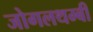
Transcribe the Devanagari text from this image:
जोगलथम्बी